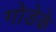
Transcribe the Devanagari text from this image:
गोडेके